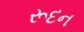
રૂદન